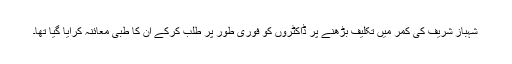
شہباز شریف کی کمر میں تکلیف بڑھنے پر ڈاکٹروں کو فوری طور پر طلب کرکے ان کا طبی معائنہ کرایا گیا تھا۔